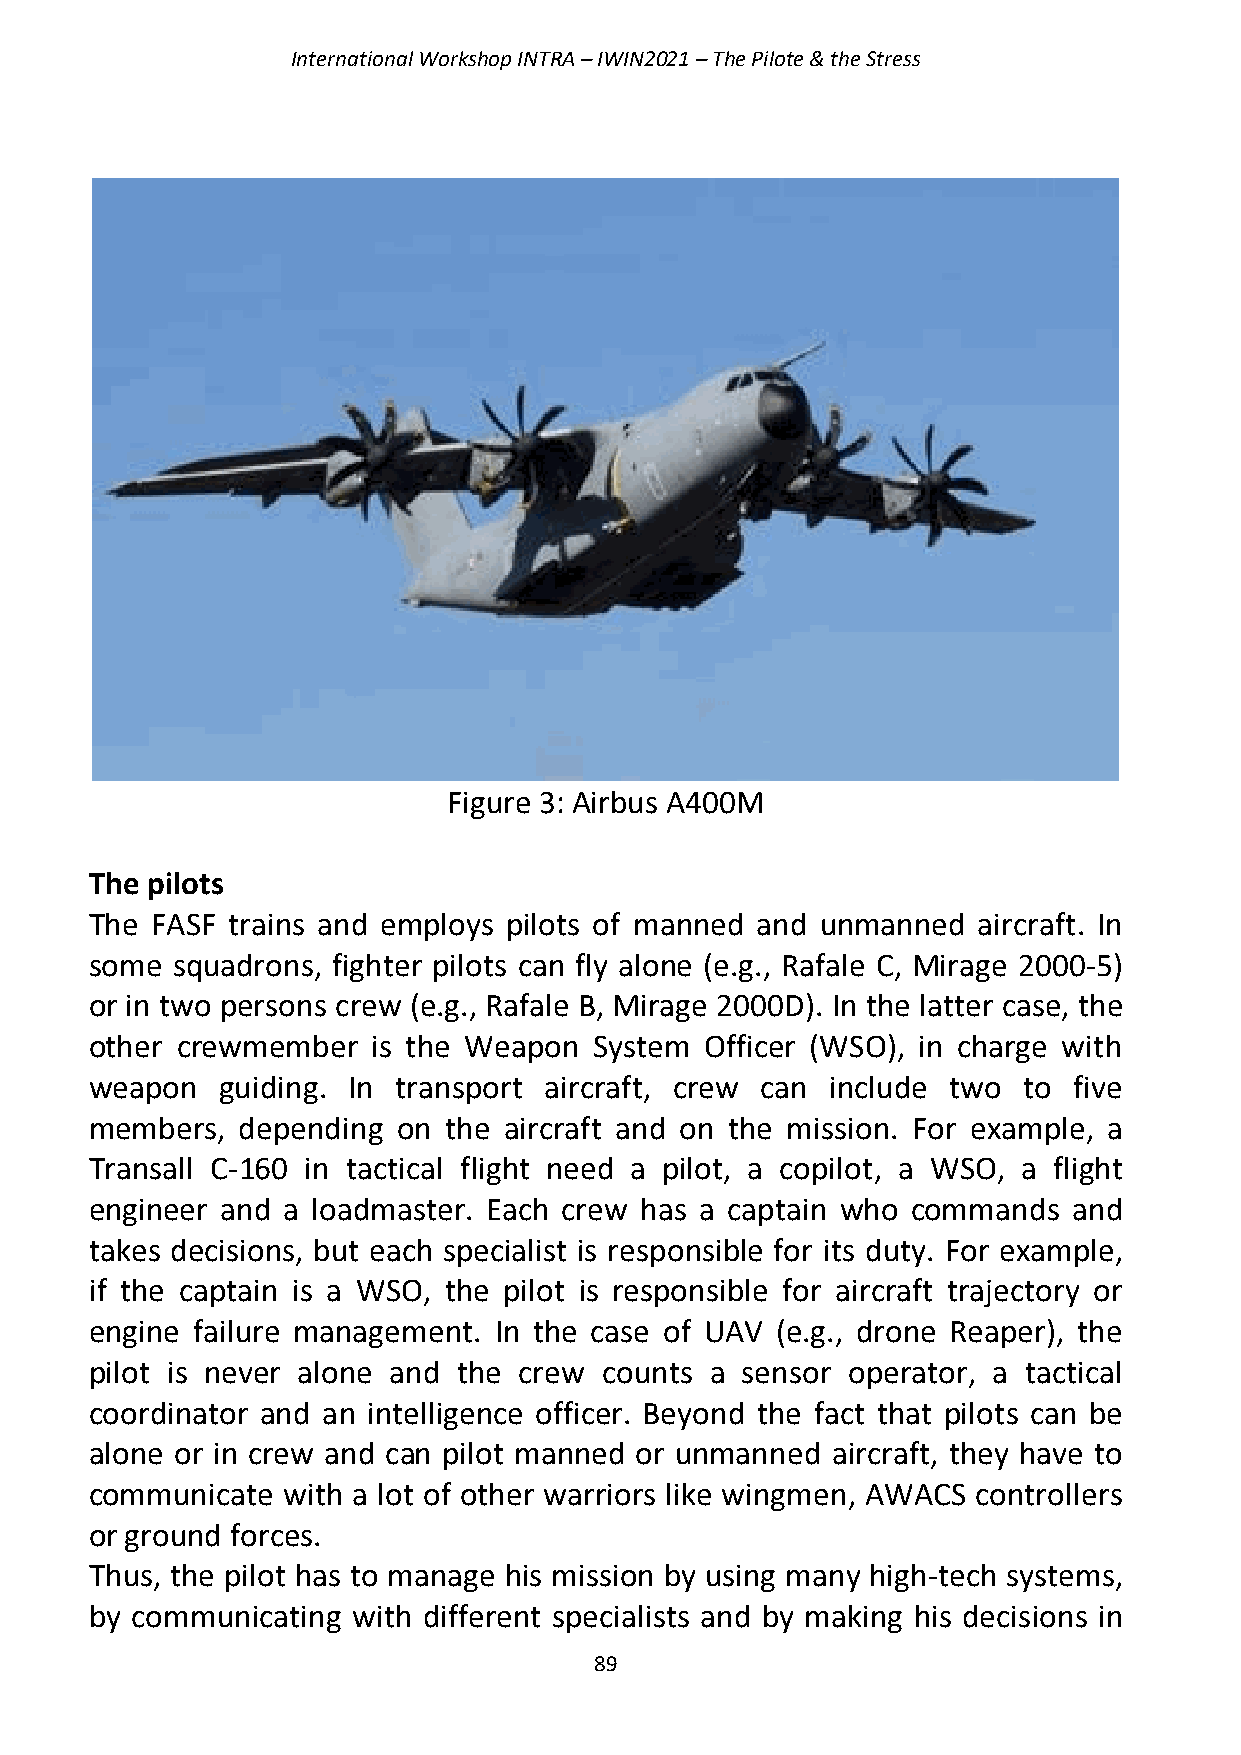
International Workshop INTRA – IWIN2021 – The Pilote & the Stress
 Figure 3: Airbus A400M
 The pilots
 The FASF trains and employs pilots of manned and unmanned  aircraft. In
 some squadrons, fighter pilots can fly alone (e.g., Rafale C, Mirage 2000-5)
 or in two persons crew (e.g., Rafale B, Mirage 2000D). In the latter case, the
 other crewmember   is the Weapon System  Officer (WSO), in charge with
 weapon   guiding. In transport aircraft, crew can include two to five
 members,  depending on the aircraft and on the mission. For example, a
 Transall C-160 in tactical flight need a pilot, a copilot, a WSO, a flight
 engineer and a loadmaster. Each crew has a captain who commands  and
 takes decisions, but each specialist is responsible for its duty. For example,
 if the captain is a WSO, the pilot is responsible for aircraft trajectory or
 engine failure management. In the case of UAV (e.g., drone Reaper), the
 pilot is never alone and the crew counts a sensor operator, a tactical
 coordinator and an intelligence officer. Beyond the fact that pilots can be
 alone or in crew and can pilot manned or unmanned aircraft, they have to
 communicate  with a lot of other warriors like wingmen, AWACS controllers
 or ground forces.
 Thus, the pilot has to manage his mission by using many high-tech systems,
 by communicating with different specialists and by making his decisions in
 89